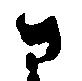
さ